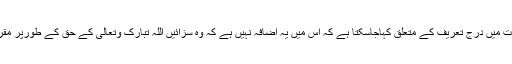
تعزیرات میں درج تعریف کے متعلق کہاجاسکتا ہے کہ اس میں یہ اضافہ نہیں ہے کہ وہ سزائیں اللہ تبارک وتعالی کے حق کے طورپر مقررہوں۔